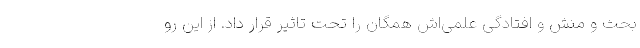
بحث و منش و افتادگیِ علمی‌اش همگان را تحت تاثیر قرار داد. از این رو